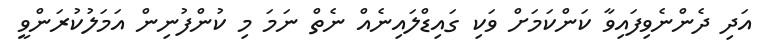
އަދި ދެންނެވިފައިވާ ކަންކަމަށް ވަކި ގައިޑްލައިނެއް ނެތް ނަމަ މި ކުންފުނިން އަމަލުކުރަންވީ